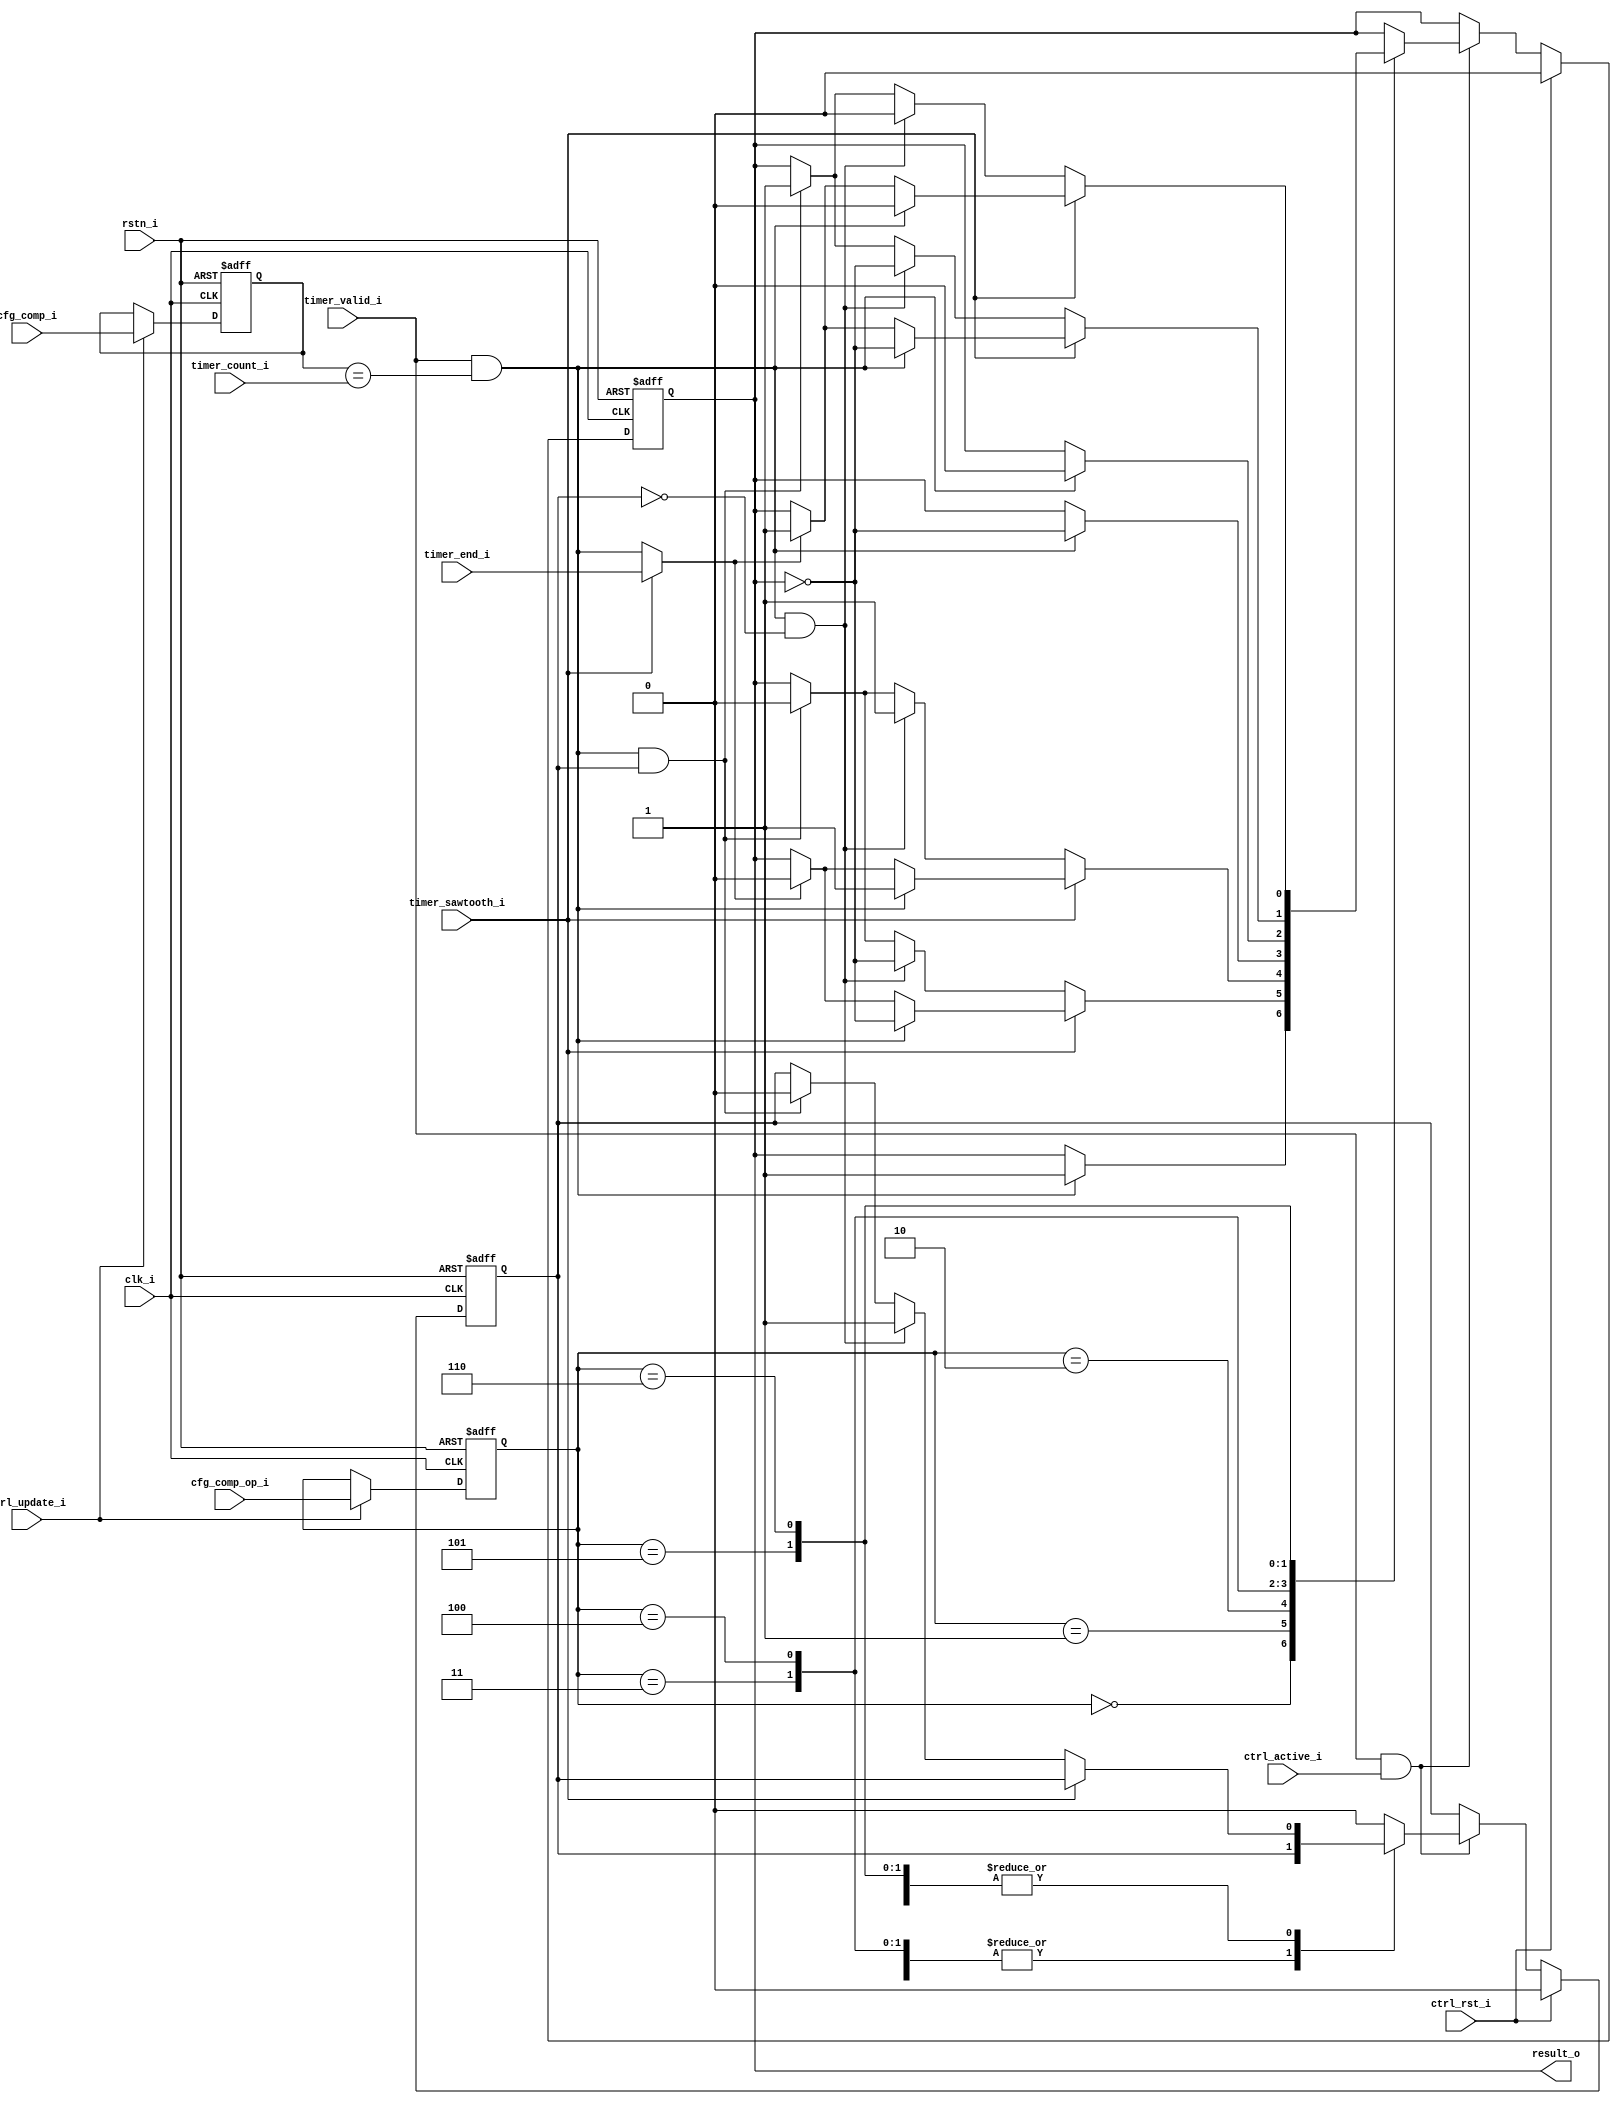
// Copyright 2018 ETH Zurich and University of Bologna.
// -- Adaptable modifications made for hbirdv2 SoC. -- 
// Copyright and related rights are licensed under the Solderpad Hardware
// License, Version 0.51 (the "License"); you may not use this file except in
// compliance with the License.  You may obtain a copy of the License at
// http://solderpad.org/licenses/SHL-0.51. Unless required by applicable law
// or agreed to in writing, software, hardware and materials distributed under
// this License is distributed on an "AS IS" BASIS, WITHOUT WARRANTIES OR
// CONDITIONS OF ANY KIND, either express or implied. See the License for the
// specific language governing permissions and limitations under the License.

`define OP_SET    3'b000
`define OP_TOGRST 3'b001
`define OP_SETRST 3'b010
`define OP_TOG    3'b011
`define OP_RST    3'b100
`define OP_TOGSET 3'b101
`define OP_RSTSET 3'b110


module comparator #(
	parameter NUM_BITS = 16
) (
    input  wire                  clk_i,
    input  wire                  rstn_i,
    input  wire                  ctrl_active_i,
    input  wire                  ctrl_update_i,
    input  wire                  ctrl_rst_i,
    input  wire [NUM_BITS - 1:0] cfg_comp_i,
    input  wire [2:0]            cfg_comp_op_i,
    input  wire                  timer_end_i,
    input  wire                  timer_valid_i,
    input  wire                  timer_sawtooth_i,
    input  wire [NUM_BITS - 1:0] timer_count_i,
    output wire                  result_o
);

    reg [NUM_BITS - 1:0] r_comp;
    reg [2:0]            r_comp_op;
    
    reg                  r_value;
    wire                 r_active;
    reg                  r_is_2nd_event;

    wire                 s_match;
    wire                 s_2nd_event;

    assign s_match     = timer_valid_i & (r_comp == timer_count_i);
    assign s_2nd_event = timer_sawtooth_i ? timer_end_i : s_match;
    assign result_o    = r_value;

    always @(posedge clk_i or negedge rstn_i) begin : proc_r_comp
        if (~rstn_i) begin
            r_comp    <= 0;
            r_comp_op <= 0;
	end else if (ctrl_update_i) begin   //if first enable or explicit update is iven
            r_comp    <= cfg_comp_i;
            r_comp_op <= cfg_comp_op_i;
        end
    end

    always @(posedge clk_i or negedge rstn_i) begin : proc_r_value
        if (~rstn_i) begin
            r_value        <= 0;
            r_is_2nd_event <= 1'b0;
	end else if (ctrl_rst_i) begin
            r_value        <= 1'b0;
            r_is_2nd_event <= 1'b0;
        end else if (timer_valid_i && ctrl_active_i) begin
	    case(r_comp_op)
	        `OP_SET:
	            r_value <= s_match ? 1'b1 : r_value;
	        `OP_TOGRST:
	        begin
		    if(timer_sawtooth_i) begin
	                if(s_match)
	                    r_value <= ~r_value;
	                else if(s_2nd_event)
	                    r_value <= 1'b0;
	            end else begin
			if(s_match && !r_is_2nd_event) begin
	            	    r_value        <= ~r_value;
	            	    r_is_2nd_event <= 1'b1;
			end else if(s_match && r_is_2nd_event) begin
	            	    r_value        <= 1'b0;
	            	    r_is_2nd_event <= 1'b0;
	            	end
	            end
	        end
	        `OP_SETRST:
	        begin
		    if(timer_sawtooth_i) begin
	                if(s_match)
	                    r_value <= 1'b1;
	                else if(s_2nd_event)
	                    r_value <= 1'b0;
	            end else begin
		        if(s_match && !r_is_2nd_event) begin
	                    r_value        <= 1'b1;
	                    r_is_2nd_event <= 1'b1;
		        end else if(s_match && r_is_2nd_event) begin
	                    r_value        <= 1'b0;
	                    r_is_2nd_event <= 1'b0;
	                end
	            end
	        end
	        `OP_TOG:
	             r_value <= s_match ? ~r_value : r_value;
	        `OP_RST:
	             r_value <= s_match ? 1'b0 : r_value;
	        `OP_TOGSET:
	        begin
		    if(timer_sawtooth_i) begin
	                if(s_match)
	               	    r_value <= ~r_value;
	                else if(s_2nd_event)
	               	    r_value <= 1'b1;
		    end else begin
		        if(s_match && !r_is_2nd_event) begin
	                    r_value        <= ~r_value;
	                    r_is_2nd_event <= 1'b1;
		        end else if(s_match && r_is_2nd_event) begin
	                    r_value        <= 1'b1;
	                    r_is_2nd_event <= 1'b0;
	                end
	            end
	        end
	        `OP_RSTSET:
	        begin
	            if(timer_sawtooth_i) begin
	                if(s_match)
	                    r_value <= 1'b0;
	                else if(s_2nd_event)
	                    r_value <= 1'b1;
	            end else begin
		        if(s_match && !r_is_2nd_event) begin
	            	    r_value <= 1'b0;
	            	    r_is_2nd_event <= 1'b1;
		        end else if(s_match && r_is_2nd_event) begin
	            	    r_value <= 1'b1;
	            	    r_is_2nd_event <= 1'b0;
	            	end
	            end
	        end
	        default:
	        begin
	            r_value        <= r_value;
	            r_is_2nd_event <= 1'b0;
	        end
	    endcase // r_comp_op
	end
    end
endmodule